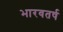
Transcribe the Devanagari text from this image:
भारवतर्ष